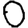
Digit: 0